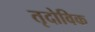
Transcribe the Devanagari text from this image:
तृदोविक